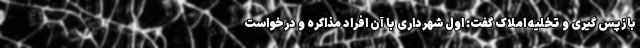
بازپس گیری و تخلیه املاک گفت: اول شهرداری با آن افراد مذاکره و درخواست